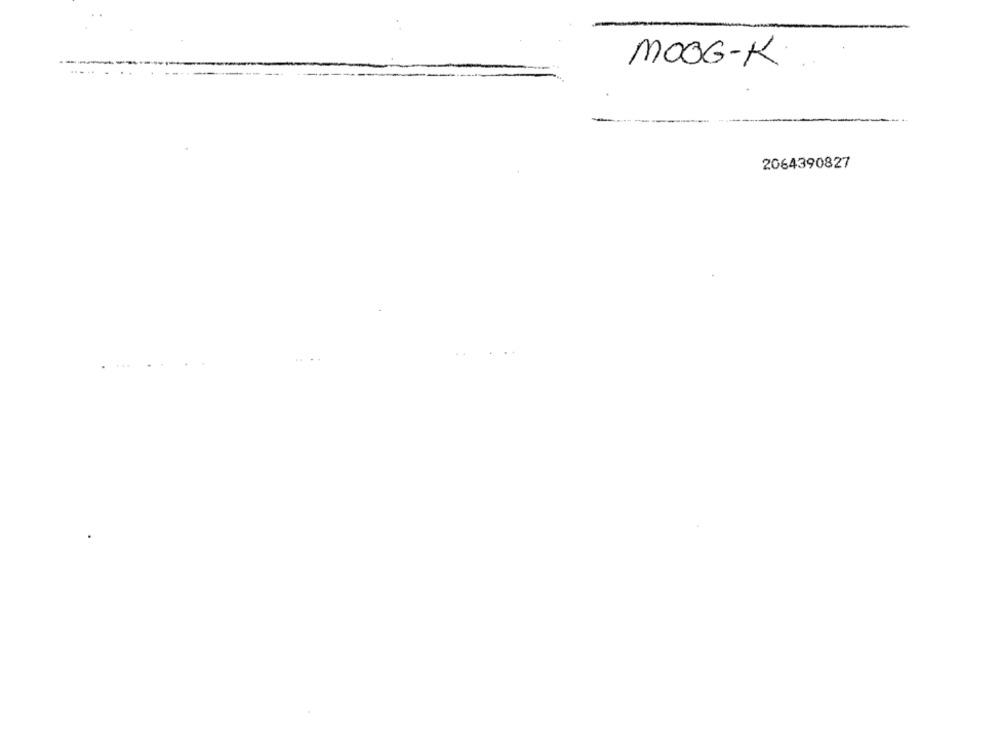
MOOG-K
2064390827